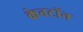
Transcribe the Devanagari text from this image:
केनटॉन